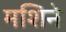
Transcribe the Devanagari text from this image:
मशिने